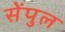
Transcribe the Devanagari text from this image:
सेंपुल